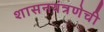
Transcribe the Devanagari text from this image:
शासनयंत्रणेची